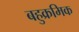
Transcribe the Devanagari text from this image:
बहुक्रमिक